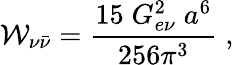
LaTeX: {\cal W}_{\nu{\bar{\nu}}}=\frac{15\; G_{e\nu}^{2}\; a^{6}}{256\pi^{3}}\; ,